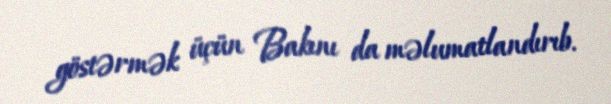
göstərmək üçün Bakını da məlumatlandırıb.